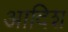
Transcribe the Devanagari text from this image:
आदिश